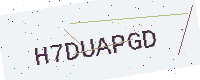
Text: H7DUAPGD